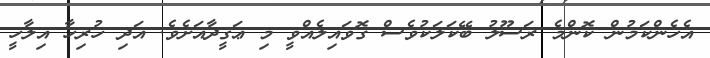
އެހެންކަމުން ކޮންމެ ރަސޫލު ބޭކަލަކުވެސް ގޮވައިލެއްވީ މި ޢަޤީދާއަށެވެ. އަދި ހުރިހާ އިލާހީ